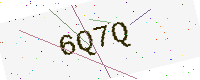
Text: 6Q7Q